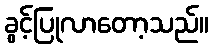
ခွင့်ပြုလာတော့သည်။